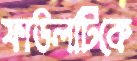
ফাউলটিকে